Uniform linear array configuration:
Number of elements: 16
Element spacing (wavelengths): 0.5
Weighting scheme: kaiser
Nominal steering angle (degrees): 45
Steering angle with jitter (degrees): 44.952
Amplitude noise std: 0.05
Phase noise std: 0.05

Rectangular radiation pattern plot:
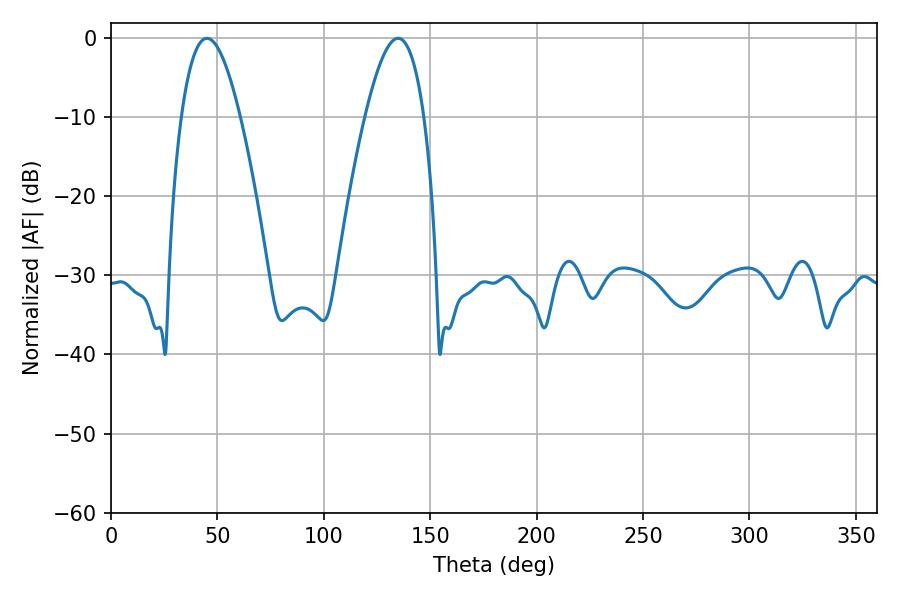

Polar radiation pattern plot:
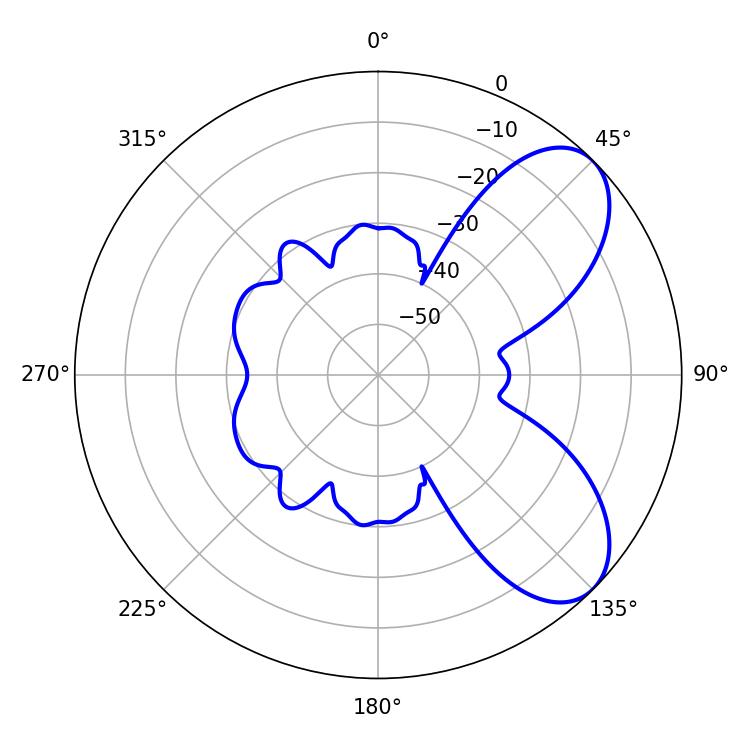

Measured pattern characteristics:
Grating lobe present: FALSE
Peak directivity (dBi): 6.923
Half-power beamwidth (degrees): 15.3
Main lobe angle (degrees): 135